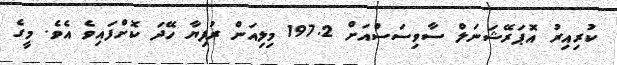
ކުރިއިރު އޮޕަރޭޝަނަލް ސާވިސަސްއަށް 197.2 މިލިއަން ރުފިޔާ ހޭދަ ކޮށްފައިވެ އެވެ. މީގެ